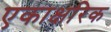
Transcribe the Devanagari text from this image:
एकाक्षरिक